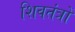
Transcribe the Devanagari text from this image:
शिवतंत्रों